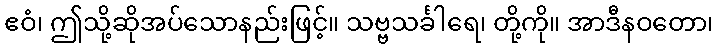
ဧဝံ၊ ဤသို့ဆိုအပ်သောနည်းဖြင့်။ သဗ္ဗသင်္ခါရေ၊ တို့ကို။ အာဒီနဝတော၊